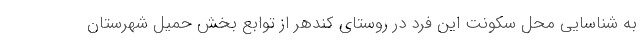
به شناسایی محل سکونت این فرد در روستای کندهر از توابع بخش حمیل شهرستان